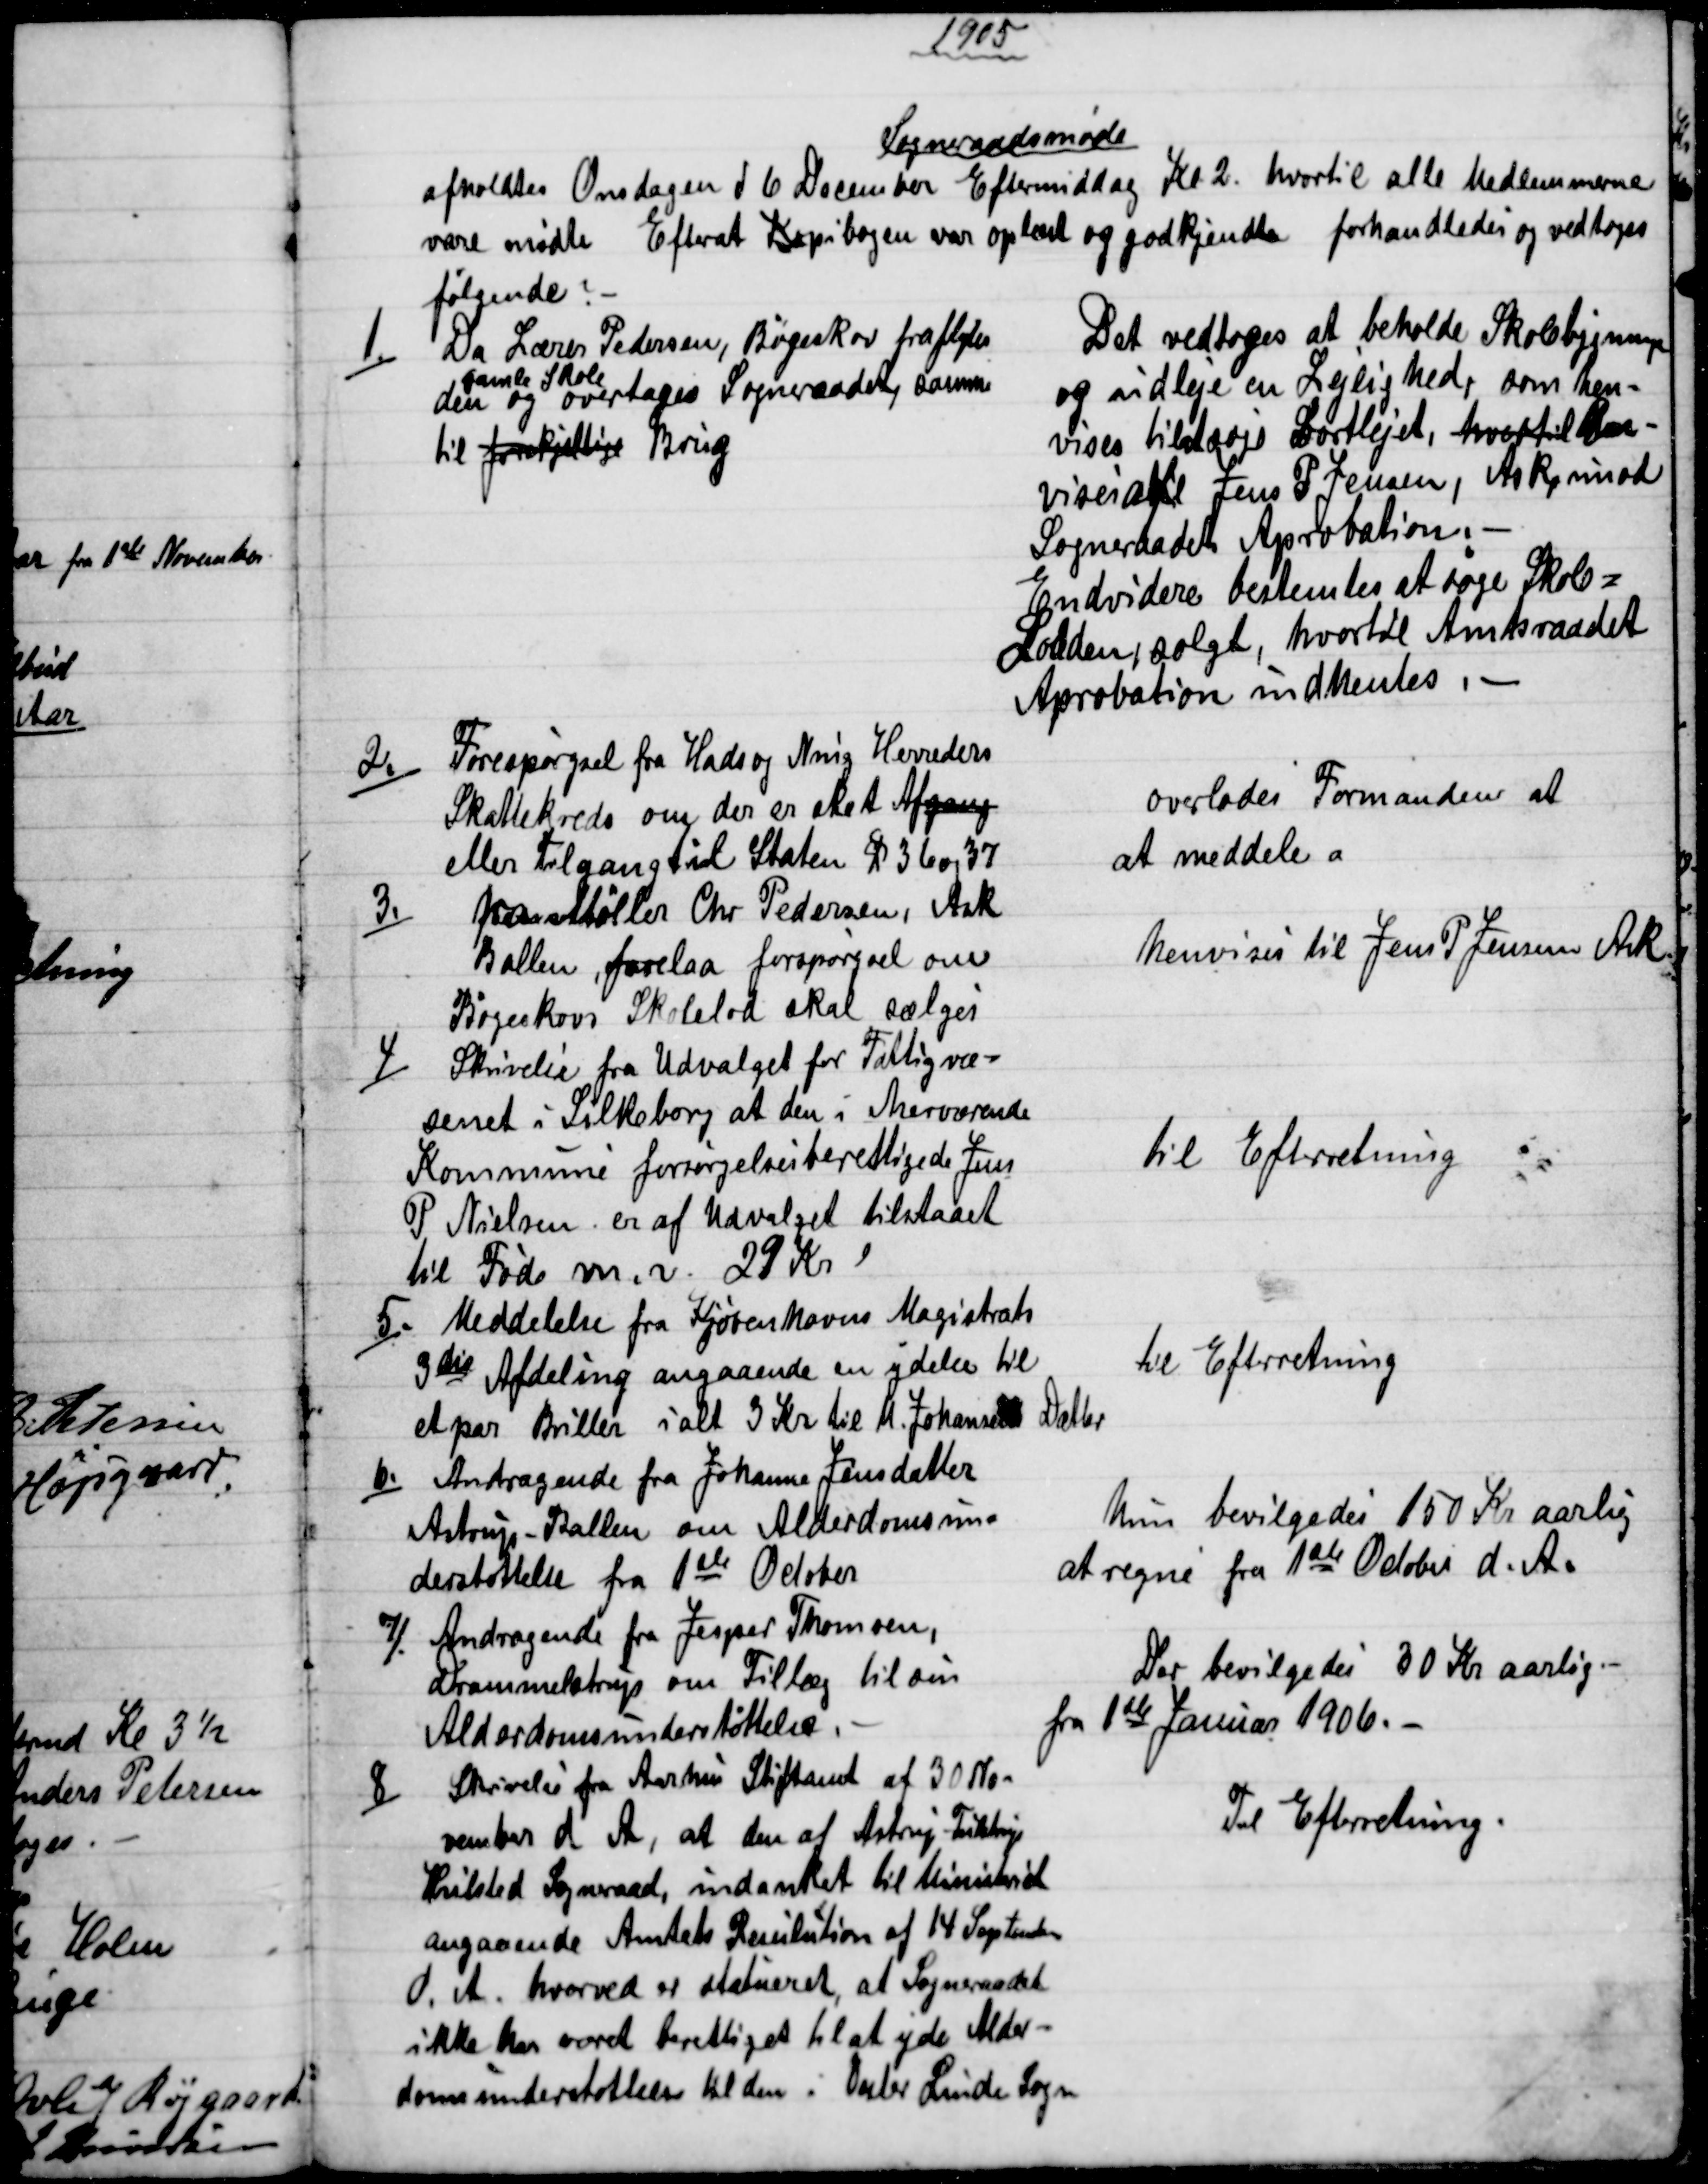
Transskription:
1905
Sogneraadsmøde
afholdtes Onsdagen d 6 December Eftermiddag Kl 2. hvortil alle Medlemmerne
vare mødte Efterat Kopibogen var oplæst og godkjendte forhandledes og vedtoges
følgende?
1.)
Da Lærer Pedersen, Bøgeskov fraflyter
den
gamle Skole
og overtages Sogneraadet, samme
til forskjellige Brug
Det vedtoges at beholde Skolebygningen
og udleje en Lejlighed, som hen=
vises tilstædjs bortlejet, hvortil hen-
vises af Jens P Jensen, Ask, imod
Sogneraadets Aprobation.
Endvidere bestemtes at søge Skole=
Lodden, solgt, hvortil Amtsraadet
Aprobation indhentes.
2.)
Forespørgsel fra Hads og Nnig Herreders
Skattekreds om der er sket Afgang
eller tilgang til Staten § 36 og 37
overlodes Formanden at
at meddele a
3.)
Fra Møller Chr Pedersen, Ask
Ballen, forelaa forspørgsel om
Bøgeskovs Skolelod skal sælges
henvises til Jens P Jensen Ask
4)
Skrivelse fra Udvalget for Fattig væ=
senet i Silkeborg, at den i herværende
Kommune forsørgelsesberettigede Jens
P Nielsen er af Udvalget tilstaaet
til Føde m.v. 29 Kr
til Efterretning
5.)
Meddelelse fra Kjøbenhavns Magistrats
3die Afdeling angaaende en ydelse til
et par Briller ialt 3 Kr til M. Johansens Datter
Til Efterretning
6.)
Andragende fra Johanne Jensdatter
Astrup - Ballen om Alderdomsun=
derstøttelse fra 1ste October
hun bevilgedes 150 Kr aarlig
at regne fra 1ste October d. A.
7.)
Andragende fra Jesper Thomsen,
Drammelstrup om Tillæg til sin
Alderdomsunderstøttelse.
Der bevilgedes 30 Kr aarlig
fra 1ste Januar 1906.
8)
Skrivelse fra Aarhus Stiftamt af 30 No-
vember d A, at den af Astrup - Tulstrup
Hvilsted Sogneraad, indanket til Ministeriet
angaaende Amtets Resulution af 14 September
d. A. hvorved er statueret, at Sogneraadet
ikke har været berettiget til at yde Alder=
domsunderstøttelse til den i Vester Linde Sogn
Til Efterretning.